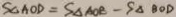
S _ { \Delta A O D } = S _ { \Delta A O B } - S _ { \Delta B O D }